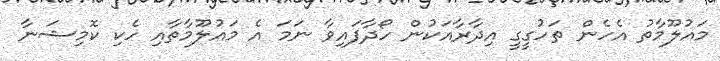
މައުލޫމާތު އެހެން ތަހުގީގީ އިދާރާއަކުން ހޯދާފައިވާ ނަމަ އެ މައުލޫމާތާއި ހެކި ކޮމިޝަނާ